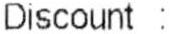
DISCOUNT :